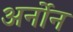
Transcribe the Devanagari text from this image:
अर्नोन